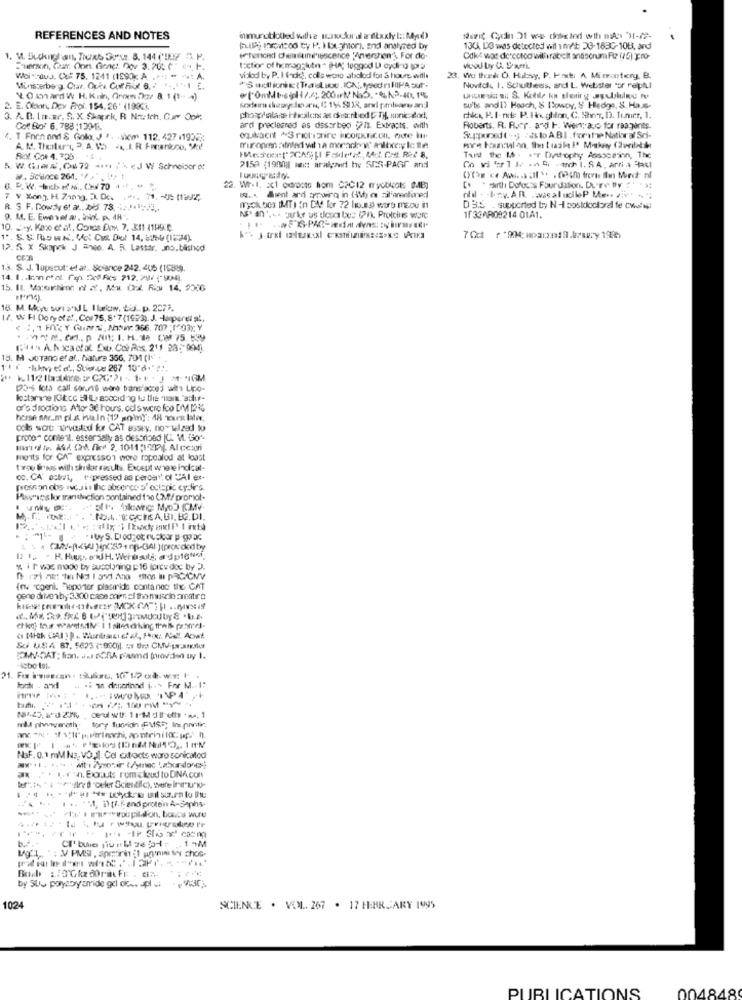
REFERENCES AND NOTES
Nennt Gyon 31 we dostod wih ms )-72-
134, DO was detected wil 1 m/t 23-1680-108, and
-"erwin, Car. One Good: Dov 3. 20: C" s. F.
tactior of hemagglutn . HA; tengod U cyding por
Woi YHOUJ. C&# 75. 1241 (1990); A
vidod by P. I det, cols wore abclod for S hours with
Wo thed O. Habvy, P. Port: A. Mineoutcry, B.
Minsteberg. Char. Ouka. Conf File. 6. 7
Sachionsx (Tradlive.ICK ;, toedrifliPA out'.
Novitch 1. Schulthess's, and L. Webster "or rejetul
YOwardW H. Kan, Orn 207 8. 1 (1- 4)
2. E. Obon Dov Prof. 154. 26' (1986),
subs and il Hooch, & Howwoy, & Hedge, S. Ha.s.
3. A. D. In. Br. S. X. Skaprk, R Notch. Car Oblv.
ches, P.I-nte P.H.ghton, C. She, D). fumier, 1.
Cof Bo' 6.788 :139/1.
ard precleared as dssorbeo (272. Extracts. with
Roberts. R. R.er . and I. Wertyauo for raagents.
4. T Forn and S Gola, J 1. - Sim 112. 427 .19023:
ogukacit *S richiarire coger.con, oure it
Suppoost-g :isto ABI. forit Nathral Sci-
Tard the I- Ir Detophy Possoein, The
5. W. Giers, (472 *** t; \ <J W Schneipor d!
2152 (1990)] and aralyzed his SES-PAGE and
W. Scwnce 264. * /,"
22. Wr.1. ac1 odrocto hom CPC12 n'yuticots (MB]
7 V %ong H Zapy, 2. Do.
... dient and growing in (IN) es sil'anentioned
ohdl - - I.V. AR.
.was alucileP Mens 25
R. S F. Dowdy et al. add 78. 421.1 ;;.
D3.S . supported by N-I postdoctoral fe chalup
9. M. E. Ewen et al, nick p. 48'.
1/36AR09214 01A1.
10. - y. Kace et af, Concs fxm. 7, 311 /1HACE
. S.S. ROwK. V. CHR. Do! 14, 259 (1234).
. 5. X Skapek J #790. A. R. Lassar. o.blished
13. S. J. Tupscut: et at. Scianice 242. 406 (19819.
16. M. 4kyt so1 D'MJL Ieuw. tur .. p. 2377.
17. W FI Dory of at, Cor 75, 8+7(1923). J. Hopperet al.
V.o.p NO; I. H. 10 CM 75 59
(1 A. Nicactol fo. Col Pos. 211 23: 994).
15. M JoTano et al. Nature 356, 7041 (1).
11i -** med ., Stiones 267 10" *****.
[236 lot call soruné word tans'adoe) with Lipo-
or's Jroctions Ator 36 hours, cells were foo DMM 12%%
horse ser.m pl.z. huin (12 sommy: 48 xxrx later,
ools soru Tvadid for CAT assey, no welzed to
[proto" content. esser sally as destrioso |C. M. Got-
ments for CA expression were repealed at least
Trou Byas with similar results. Except where Indicat-
00, CA' acti, e pressed as perder"' of "Al et-
presson obs avcs is the absence 5' octapk cydirg.
Plasmicskor trandiction contained two CMY promot.
:No.L. T.C.CHEA, B1, B2.DI.
% it was made by Buscloning p16 forcv doc by D.
(nu cooni. "laporter plasmids contanec the CAT
gene ditvonby 3300 case anin of tho muscio amatro
etky tous warntsdl" 1 1 siteterhing thess painel-
So USA 87. 5623 (1900)1. 51 Uhrs CMV-we-3msk4
.. . i s dinnerinod i . > For M .. I:
wil showwoth: tory fuorigh FUSS; Im pontic.
NoF. 0. 1 mM Ns, vol. Col oxfoots waro sonicatod
a ... 'about romekudto DNA.con
... - 11, 0t-and protein A-Saphs.
b ...
.. 1 -M
by SU~ polyabyamide gd do .. pl V30;
1024
SCIENCE . VOL. 267 . 17 FEBRUARY 1995
004848
PUBLICATIONS